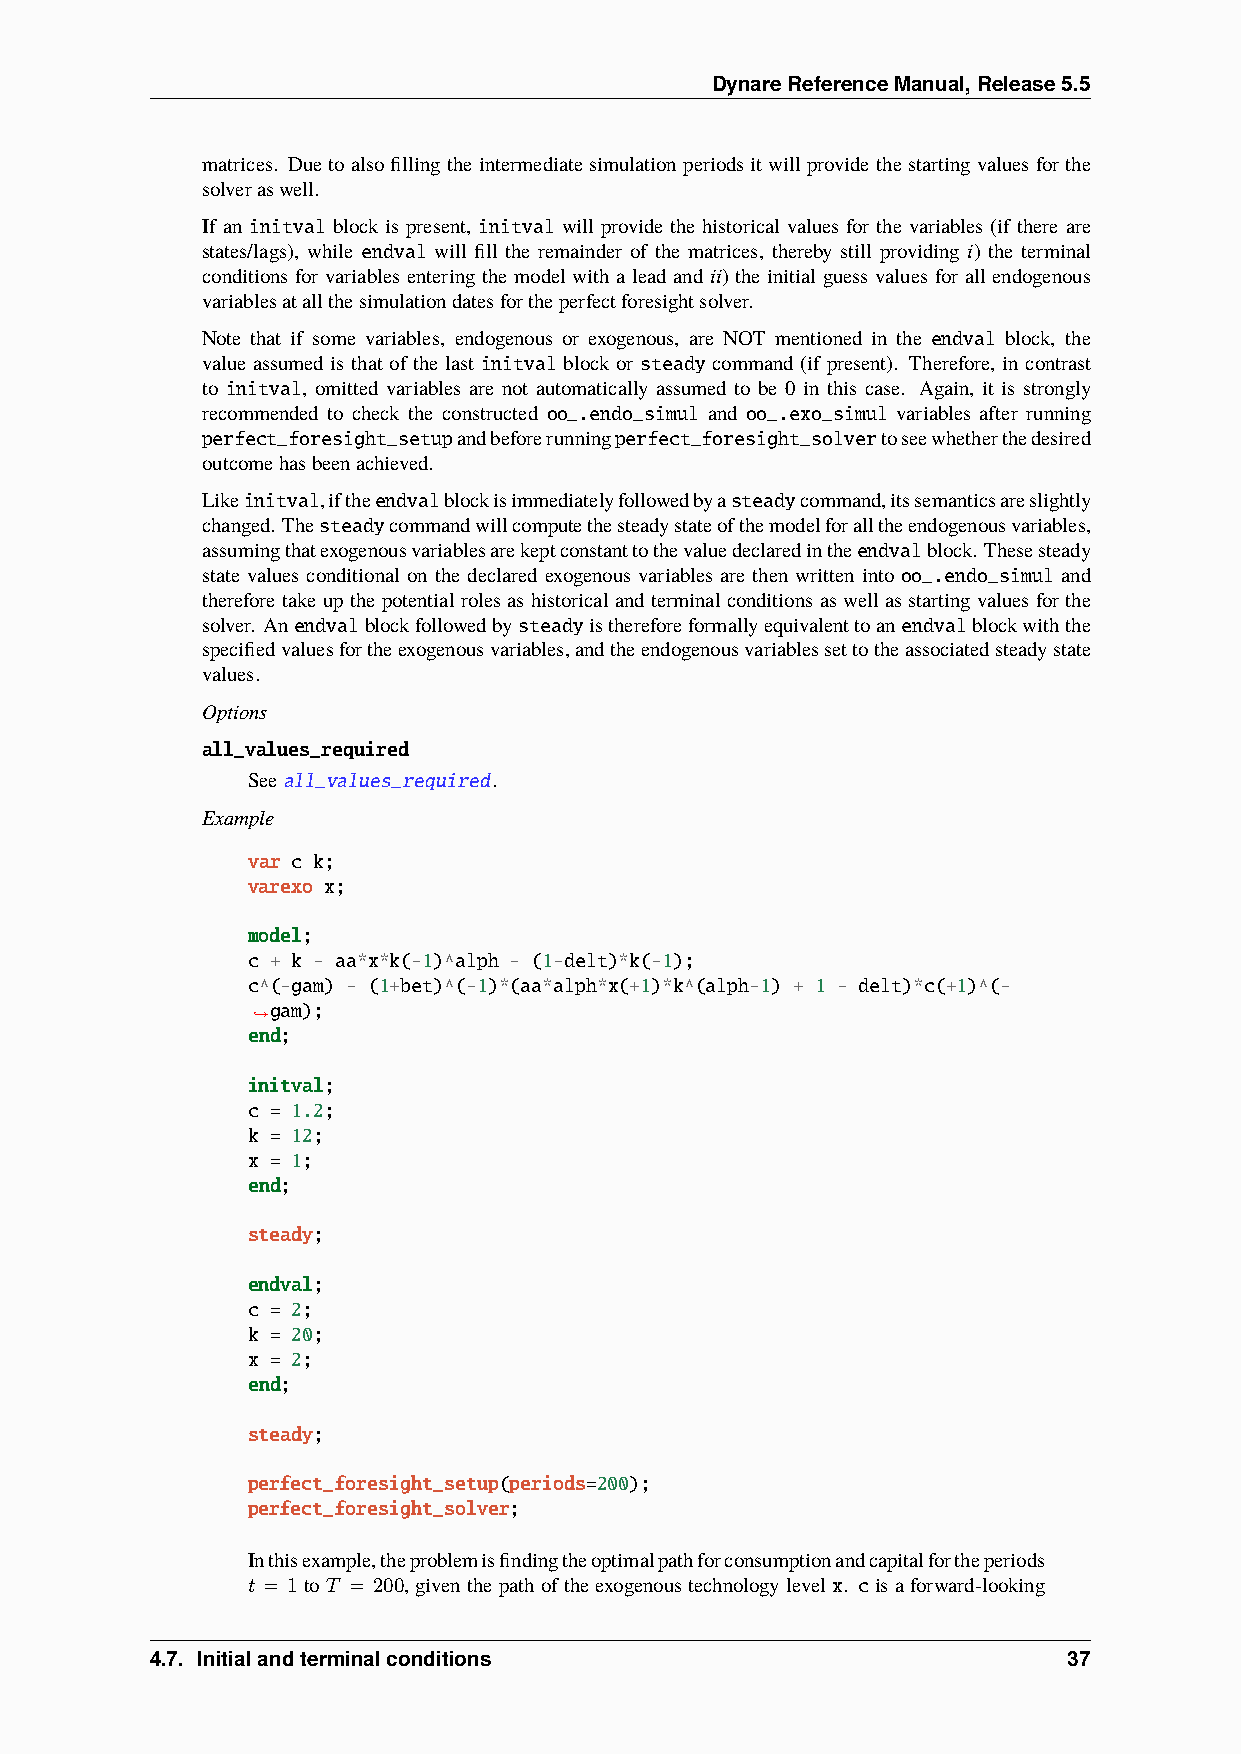
DynareReferenceManual,Release5.5
 matrices. Due to also filling the intermediate simulation periods it will provide the starting values for the
 solveraswell.
 If an initval block is present, initval will provide the historical values for the variables (if there are
 states/lags), while endval will fill the remainder of the matrices, thereby still providing i) the terminal
 conditions for variables entering the model with a lead and ii) the initial guess values for all endogenous
 variablesatallthesimulationdatesfortheperfectforesightsolver.
 Note that if some variables, endogenous or exogenous, are NOT mentioned in the endval block, the
 value assumed is that of the last initval block or steady command (if present). Therefore, in contrast
 to initval, omitted variables are not automatically assumed to be 0 in this case. Again, it is strongly
 recommended to check the constructed oo_.endo_simul and oo_.exo_simul variables after running
 perfect_foresight_setupandbeforerunningperfect_foresight_solvertoseewhetherthedesired
 outcomehasbeenachieved.
 Likeinitval,iftheendvalblockisimmediatelyfollowedbyasteadycommand,itssemanticsareslightly
 changed. Thesteadycommandwillcomputethesteadystateofthemodelforalltheendogenousvariables,
 assumingthatexogenousvariablesarekeptconstanttothevaluedeclaredintheendvalblock. Thesesteady
 state values conditional on the declared exogenous variables are then written into oo_.endo_simul and
 therefore take up the potential roles as historical and terminal conditions as well as starting values for the
 solver. Anendvalblockfollowedbysteadyisthereforeformallyequivalenttoanendvalblockwiththe
 specifiedvaluesfortheexogenousvariables,andtheendogenousvariablessettotheassociatedsteadystate
 values.
 Options
 all_values_required
 Seeall_values_required.
 Example
 var c k;
 varexo x;
 model;
 c + k - aa*x*k(-1)^alph - (1-delt)*k(-1);
 c^(-gam) - (1+bet)^(-1)*(aa*alph*x(+1)*k^(alph-1) + 1 - delt)*c(+1)^(-
 gam);
 ˓→
 end;
 initval;
 c = 1.2;
 k = 12;
 x = 1;
 end;
 steady;
 endval;
 c = 2;
 k = 20;
 x = 2;
 end;
 steady;
 perfect_foresight_setup(periods=200);
 perfect_foresight_solver;
 Inthisexample,theproblemisfindingtheoptimalpathforconsumptionandcapitalfortheperiods
 𝑡 = 1to𝑇 = 200, giventhepathoftheexogenoustechnologylevel x. cisaforward-looking
 4.7. Initialandterminalconditions                            37